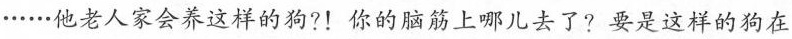
····他老人家会养这样的狗?!你的脑筋上哪儿去了?要是这样的狗在